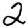
Digit: 2